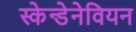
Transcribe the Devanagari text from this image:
स्केन्डेनेवियन